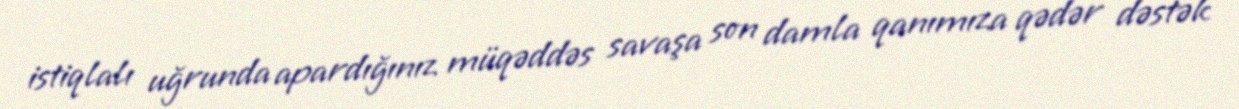
istiqlalı uğrunda apardığınız müqəddəs savaşa son damla qanımıza qədər dəstək